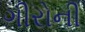
ગીરોની